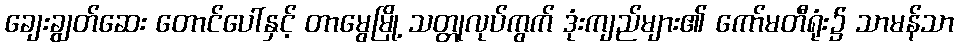
ချေးချွတ်ဆေး တောင်ပေါ်နှင့် တာမွေမြို့ သတ္တုလုပ်ကွက် ဒုံးကျည်များ၏ ကော်မတီရုံး၌ သာမန်သာ